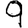
Digit: 9